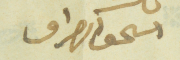
اسحق الصراف